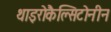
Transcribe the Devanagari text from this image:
थाइरोकैल्सिटोनीन